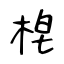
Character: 梍